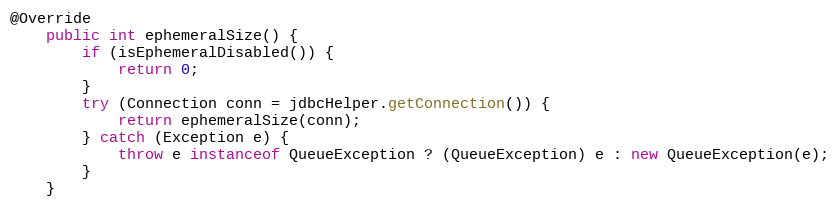
Language: Java
@Override
    public int ephemeralSize() {
        if (isEphemeralDisabled()) {
            return 0;
        }
        try (Connection conn = jdbcHelper.getConnection()) {
            return ephemeralSize(conn);
        } catch (Exception e) {
            throw e instanceof QueueException ? (QueueException) e : new QueueException(e);
        }
    }